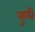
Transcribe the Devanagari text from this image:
कुध्रे